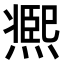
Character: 𤎹